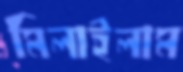
মিলাইলাম